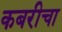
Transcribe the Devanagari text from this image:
कबरीचा